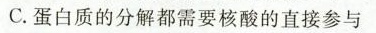
C.蛋白质的分解都需要核酸的直接参与